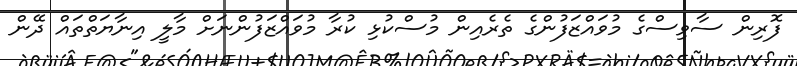
ފޮރިން ސާވިސްގެ މުވައްޒަފުންގެ ތެރެއިން މުސްކުޅި ކުރާ މުވައްޒަފުންނަށް މާލީ އިނާޔަތްތައް ދޭން